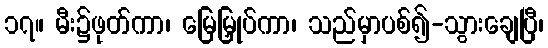
၁၇။ မီး၌ဖုတ်ကာ၊ မြေမြှုပ်ကာ၊ သည်မှာပစ်၍-သွားချေပြီ၊